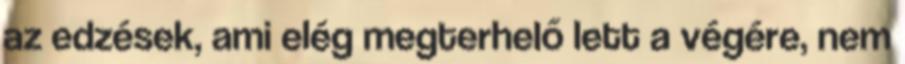
az edzések, ami elég megterhelő lett a végére, nem